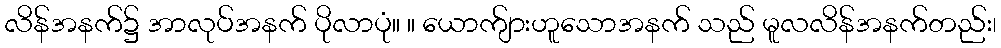
လိန်အနက်၌ အာလုပ်အနက် ပိုလာပုံ။ ။ ယောက်ျားဟူသောအနက် သည် မူလလိန်အနက်တည်း၊